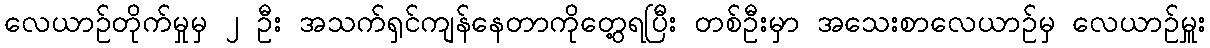
လေယာဉ်တိုက်မှုမှ ၂ ဦး အသက်ရှင်ကျန်နေတာကိုတွေ့ရပြီး တစ်ဦးမှာ အသေးစာလေယာဉ်မှ လေယာဉ်မှူး